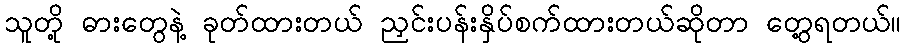
သူတို့ ဓားတွေနဲ့ ခုတ်ထားတယ် ညှင်းပန်းနှိပ်စက်ထားတယ်ဆိုတာ တွေ့ရတယ်။